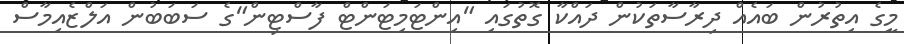
މީގެ އިތުރުން ބައެއް ދިރާސާތަކުން ދައްކާ ގޮތުގައި "އިންޓަމިޓަންޓް ފާސްޓިން"ގެ ސަބަބުން އަލްޒެއިމާސް